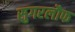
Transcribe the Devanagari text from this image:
सुगरलौफ